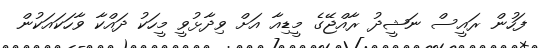
ފަހުން ރައީސް ނަޝީދު ރާއްޖޭގެ މީޑިއާ އަށް ވިދާޅުވީ މީހަކު ދައްކާ ވާހަކައަކުން